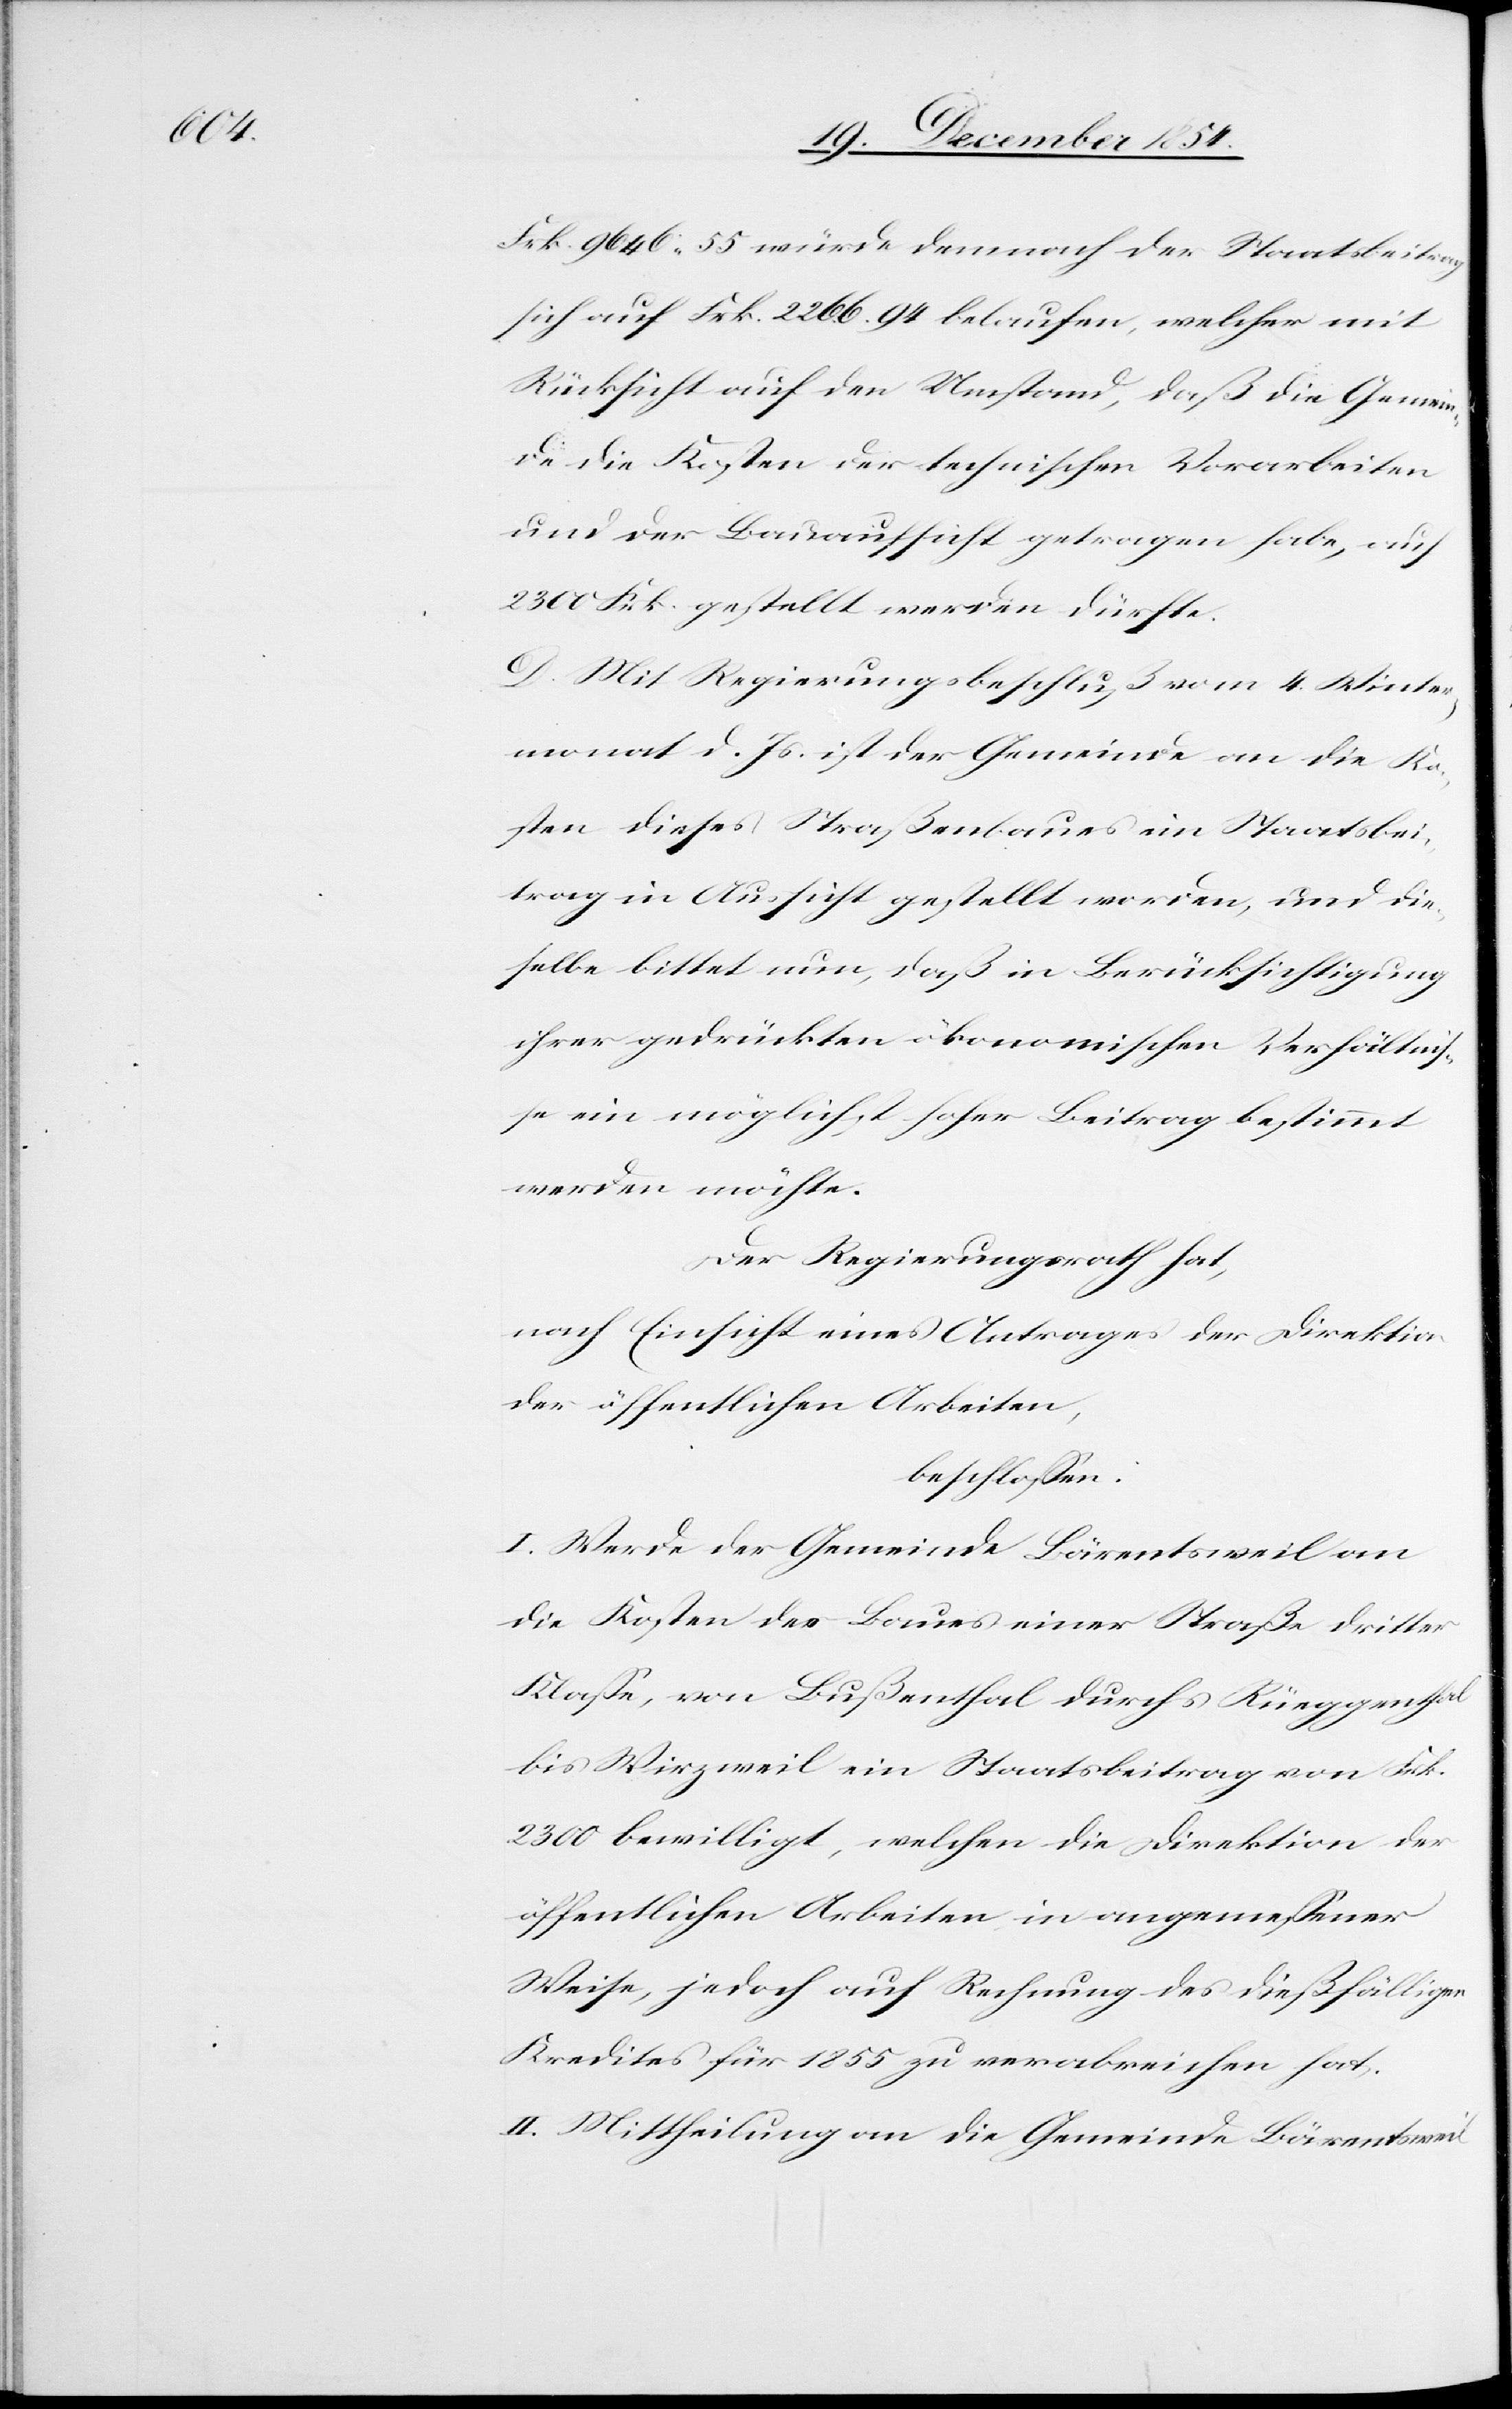
Frk. 9646. 55 würde demnach der Staatsbeitra¬
g auf Frk. 2266. 94 belaufen, welcher mit
Rücksicht auf den Umstand, daß die Gemein¬
de die Kosten der technischen Vorarbeiten
und der Bauaufsicht getragen habe, auf
2300 Frk. gestellt werden dürfte.
D. Mit Regierungsbeschluß vom 4. Winter¬
monat d. Js. ist der Gemeinde an die Ko¬
sten dieses Straßenbaues ein Staatsbei¬
trag in Aussicht gestellt worden, und die¬
selbe bittet nun, daß in Berücksichtigung
ihrer gedrückten ökonomischen Verhältniß¬
e ein möglichst hoher Beitrag bestimmt
werden möchte.
Der Regierungsrath hat,
nach Einsicht eines Antrages der Direktion
der öffentlichen Arbeiten,
beschloßen:
I. Werde der Gemeinde Bärentsweil an
die Kosten des Baues einer Straße dritter
Klaße, von Bußenthal durchs Rüeggenthal
bis Wirzweil ein Staatsbeitrag von Frk.
2300 bewilligt, welchen die Direktion der
öffentlichen Arbeiten in angemeßener
Weise, jedoch auf Rechnung des dießfälligen
Kredites für 1855 zu verabreichen hat.
II. Mittheilung an die Gemeinde Bärentsweil